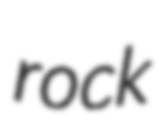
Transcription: rock